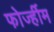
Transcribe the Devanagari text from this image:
फोर्ज्हीम